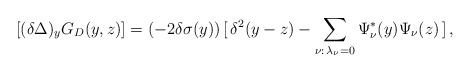
\begin{align*}[(\delta\Delta)_y G_{D}(y,z)] = (-2\delta\sigma(y))\, [\, \delta^2 (y-z) -\sum_{\nu:\,\lambda_{\nu}=0} \Psi_{\nu}^{*}(y)\Psi_{\nu}(z)\, ] \, ,\end{align*}